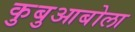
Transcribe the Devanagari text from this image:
कुबुआबोला